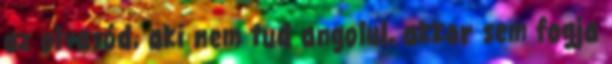
az olvasód, aki nem tud angolul, akkor sem fogja